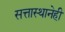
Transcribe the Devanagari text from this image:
सत्तास्थानेही